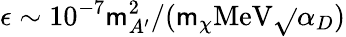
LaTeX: \epsilon\sim10^{-7}\mathsf{m}_{A^{\prime}}^{2}/(\mathsf{m}_{\chi}\mathrm{{MeV}}\sqrt{}{{\alpha_{D}}})